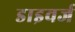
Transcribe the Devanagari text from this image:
डाइवर्ज